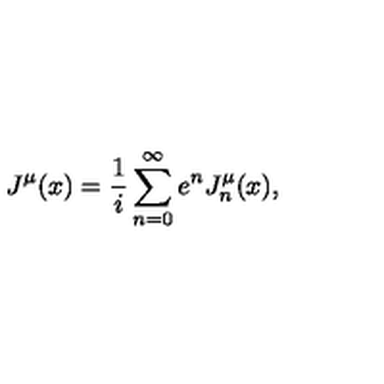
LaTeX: J ^ { \mu } ( x ) = \frac 1 i \sum _ { n = 0 } ^ { \infty } e ^ { n } J _ { n } ^ { \mu } ( x ) ,